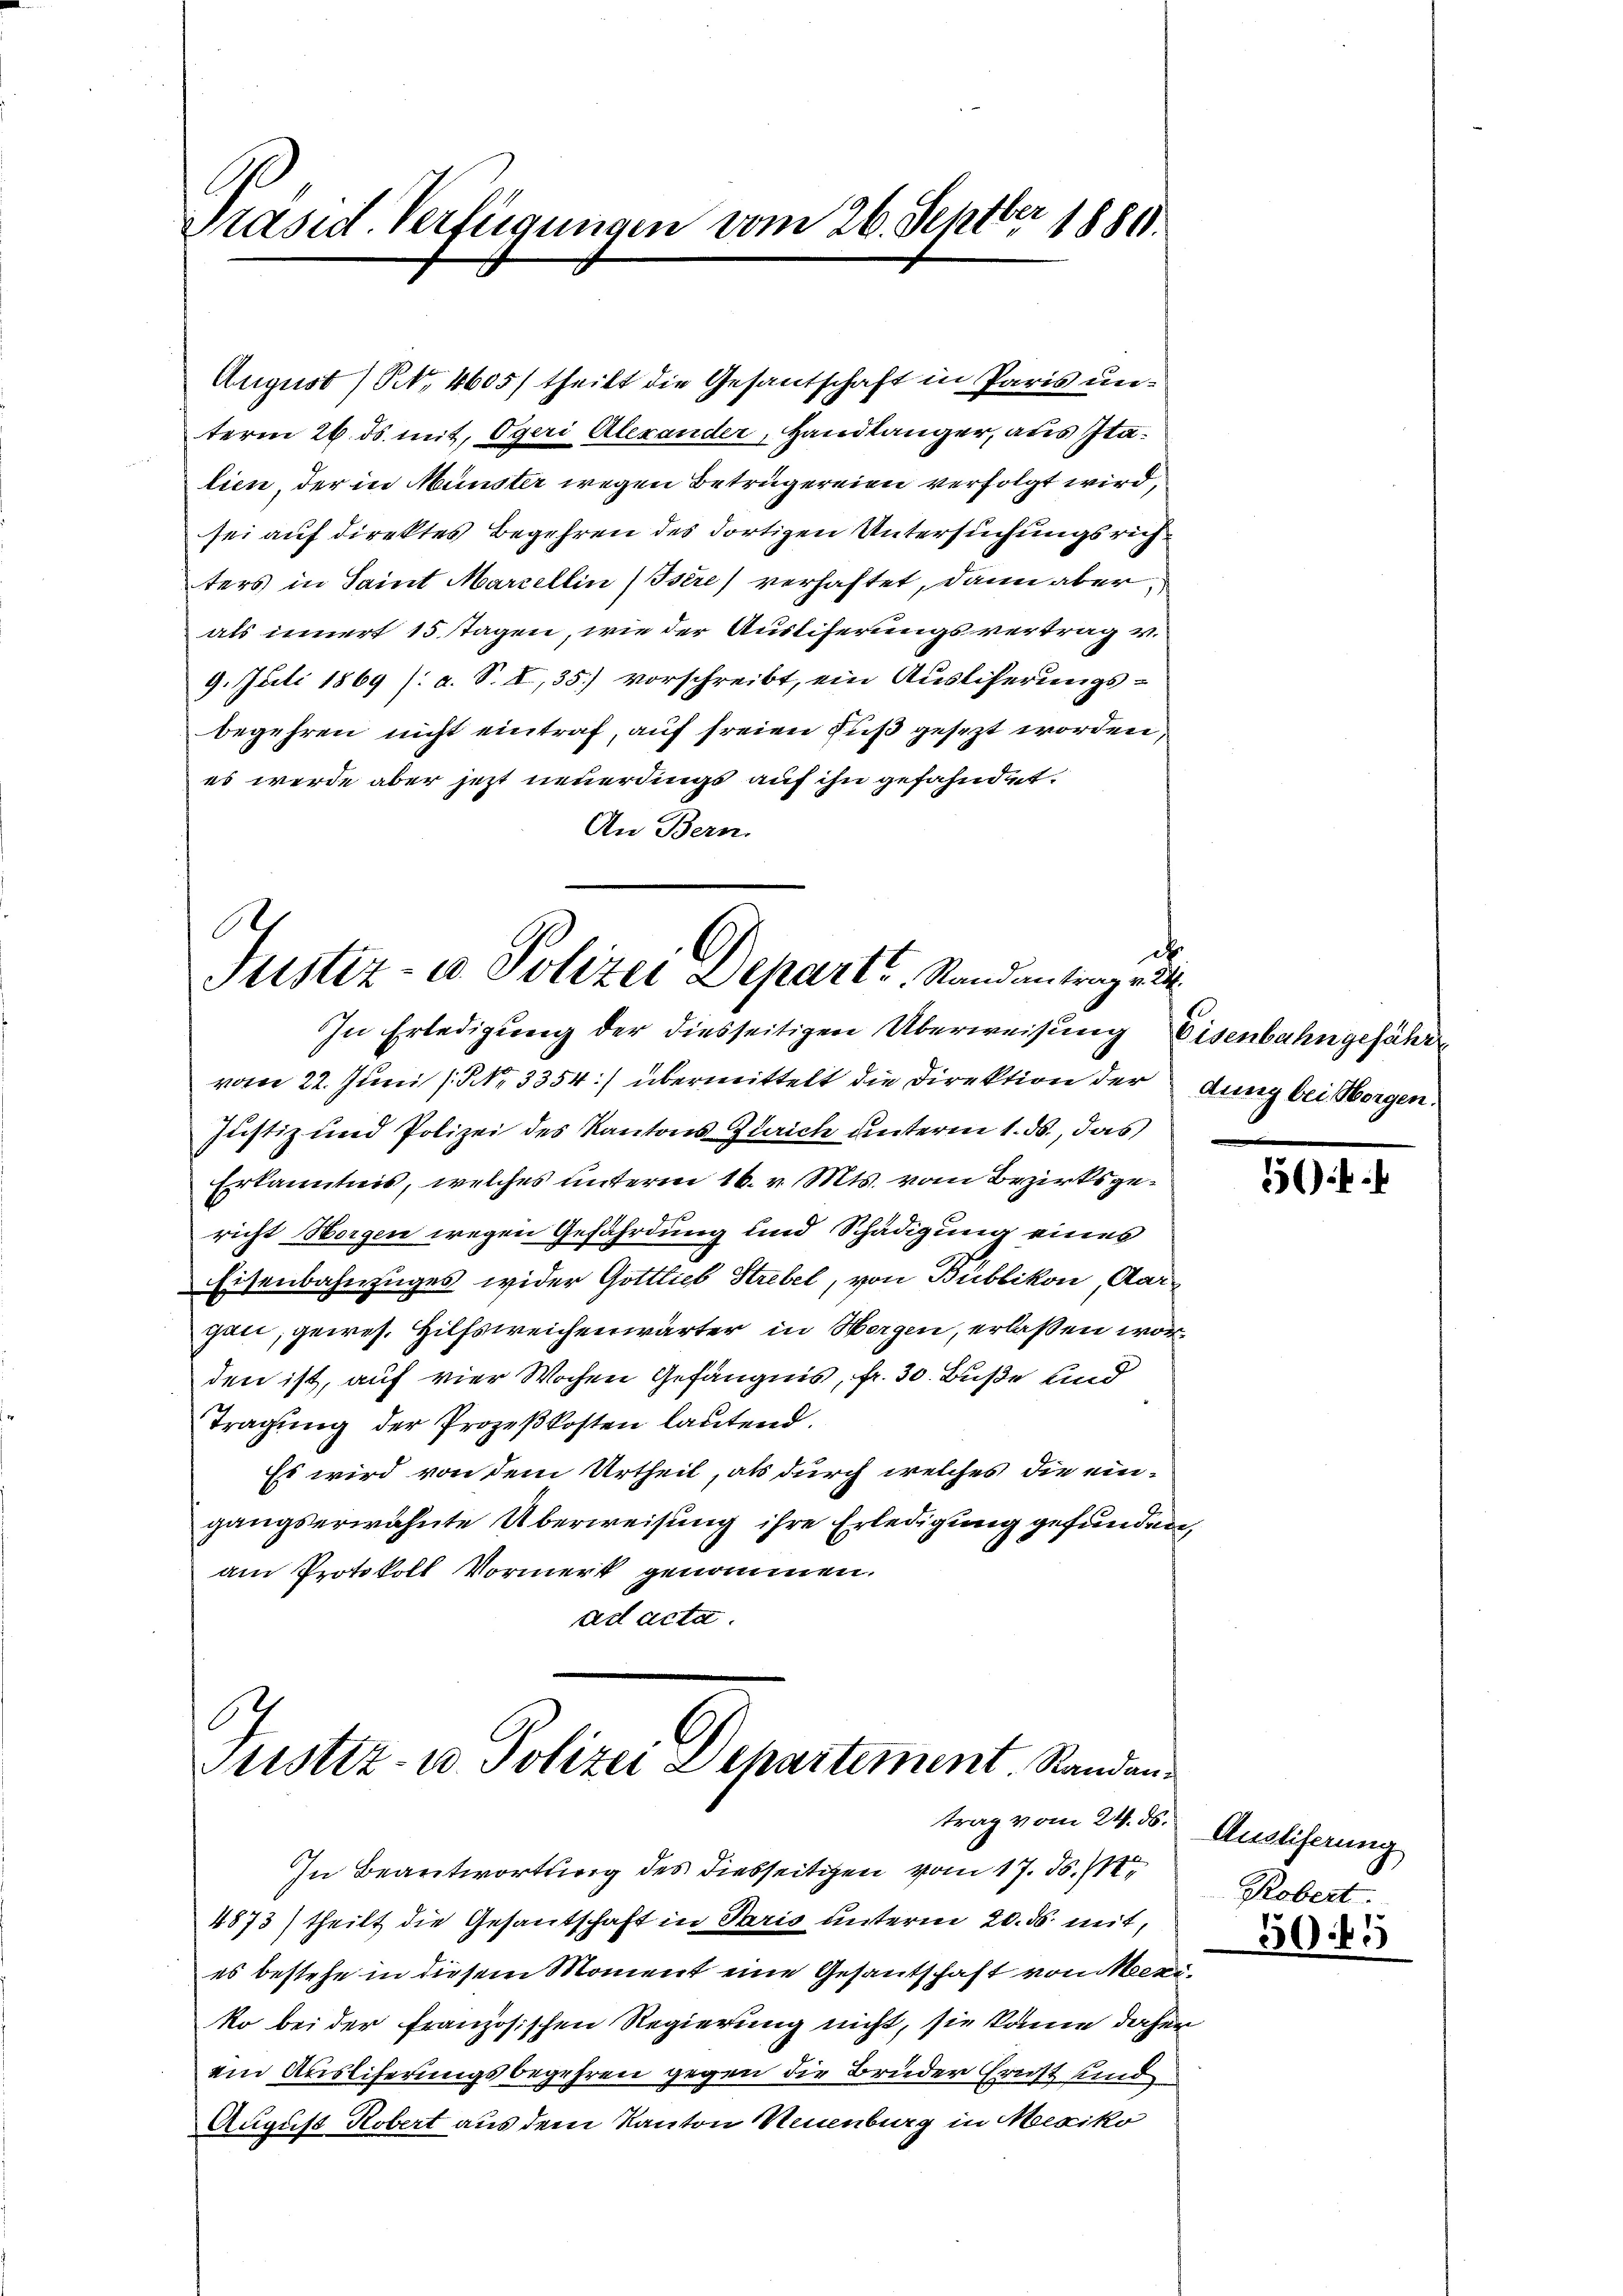
Präsid. Verfügungen vom 26. Septber 1881.

term 26. ds. mit, Ogeri Alexander, Handlänger, aus Italien, der in Münster wegen Betrügereien verfolgt wird,
sei auf direktes Begehren des dortigen Untersuchungsrichters in Saint Marcellin (Isère) verhaftet, dann aber
als innert 15 tagen, wie der Ausliferungsvertrag v.
9. Juli 1869 (: a. S. I, 35) vorschreibt, ein Ausliserungsbegehren nicht eintraf, auf freien Fuß gesezt worden,
es werde aber jezt neuerdings auf ihn gefahndet.
An Bern.

August (S. 4605/ theilt die Gesantschaft in Paris un¬

e
Justiz- u. Polizei Depart Standantragen
In Erledigung der diesseitigen Überweisung Eisenbahngefährt,

vom 22. Juni (Nr. 3354) übermittelt die Direktion der
Justiz und Polizei des Kantons Zürich unterm 1. ds., das
Erkanntnis, welches unterm 16. v. Mts. vom Bezirksgericht Horgen wegen Gefährdung und Schädigung eines
Eisenbahnzuges wider Gottlieb Strebel, von Bubikon, Aargan, gewes. Hilfsweichenwärter in Wagen, erlaßen worden ist, auf vier Wochen Gefängnis, fr. 30. Buße und
Tragung der Prozeßkosten lautend.
Es wird von dem Urtheil, als durch welches die ein-
gangserwähnte Überweisung ihre Erledigung gefunden,
am Protokoll Vormerk genommen.
ad acta.

6
.
Mustiz- u. Polizei Departement. Randantrag vom 24. ds.

In Beantwortung des diesseitigen vom 17. ds. st
4873) theilt die Gesantschaft in Paris unterm 20. ds. mit,
es bestehe in diesem Moment eine Gesantschaft von Ma
ko bei der Französischen Regierung nicht, sie kann daher
ein Ausliferungsbegehren gegen die Brüder Ernst und
August Robert aus dem Kanton Neuenburg in Mexiko

¬
dung bei Oborgen.

5):

Ausliserung
Robert.

50